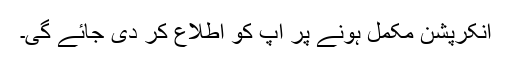
انکرپشن مکمل ہونے پر آپ کو اطلاع کر دی جائے گی۔